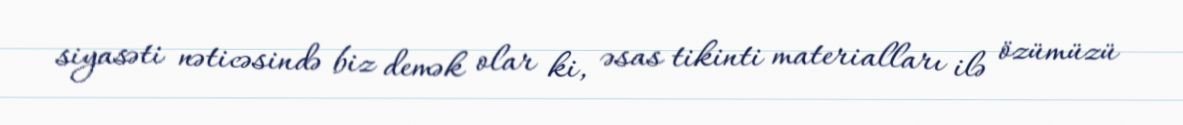
siyasəti nəticəsində biz demək olar ki, əsas tikinti materialları ilə özümüzü